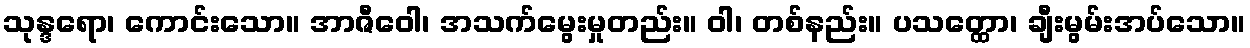
သုန္ဒရော၊ ကောင်းသော။ အာဇီဝေါ၊ အသက်မွေးမှုတည်း။ ဝါ၊ တစ်နည်း။ ပသတ္ထော၊ ချီးမွမ်းအပ်သော။